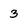
Character: 3